Punjab Mental Hospital Lahore 1922-31 - 1922-1931
Year: 1922
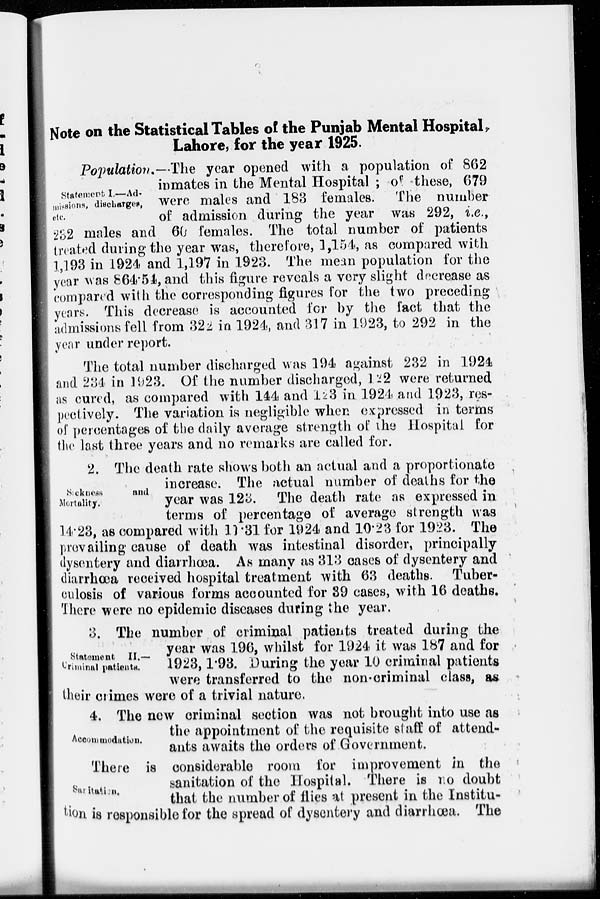
Note on the Statistical Tables of the Punjab Mental Hospital,
Lahore, for the year 1925.
Statement I.—Ad-
missions, discharges,
etc.
Population.—The year opened with a population of 862
inmates in the Mental Hospital ; of these, 679
were males and 183 females. The number
of admission during the year was 292, i.e.,
232 males and 60 females. The total number of patients
treated during the year was, therefore, 1,154, as compared with
1,193 in 1924 and 1,197 in 1923. The mean population for the
year was 864.54, and this figure reveals a very slight decrease as
compared with the corresponding figures for the two preceding
years. This decrease is accounted for by the fact that the
admissions fell from 322 in 1924, and 317 in 1923, to 292 in the
year under report.
The total number discharged was 194 against 232 in 1924
and 234 in 1923. Of the number discharged, 122 were returned
as cured, as compared with 144 and 123 in 1924 and 1923, res-
pectively. The variation is negligible when expressed in terms
of percentages of the daily average strength of the Hospital for
the last three years and no remarks are called for.
Sickness
and
Mortality.
2. The death rate shows both an actual and a proportionate
increase. The actual number of deaths for the
year was 123. The death rate as expressed in
terms of percentage of average strength was
14.23, as compared with 11.31 for 1924 and 10.23 for 1923. The
prevailing cause of death was intestinal disorder, principally
dysentery and diarrhœa. As many as 313 cases of dysentery and
diarrhœa received hospital treatment with 63 deaths. Tuber-
culosis of various forms accounted for 39 cases, with 16 deaths.
There were no epidemic diseases during the year.
Statement II.—
Criminal patients.
3. The number of criminal patients treated during the
year was 196, whilst for 1924 it was 187 and for
1923, 1.93. During the year 10 criminal patients
were transferred to the non-criminal class, as
their crimes were of a trivial nature.
Accommod ation.
4. The new criminal section was not brought into use as
the appointment of the requisite staff of attend-
ants awaits the orders of Government.
Sanitation.
There is considerable room for improvement in the
sanitation of the Hospital. There is no doubt
that the number of flies at present in the Institu-
tion is responsible for the spread of dysentery and diarrhœa. The